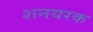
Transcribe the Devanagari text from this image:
शनयरक